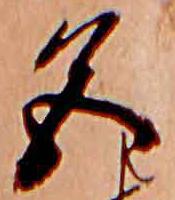
色